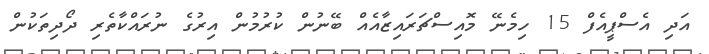
އަދި އެސްޕީއެފް 15 ހިމެނޭ މޮއިސްޗަރައިޒާއެއް ބޭނުން ކުރުމުން އިރުގެ ނުރައްކާތެރި ދޯދިތަކުން